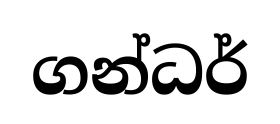
ගන්ධර්